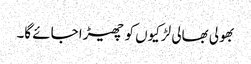
بھولی بھالی لڑکیوں کو چھیڑا جائے گا۔